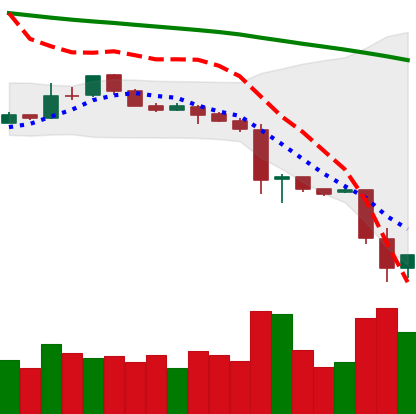
Ticker: LTC-USD
Chart end date: 2018-11-21
Forward return: -15.17%
Label: down_7plus